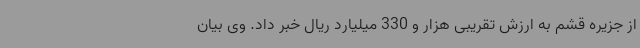
از جزیره قشم به ارزش تقریبی هزار و 330 میلیارد ریال خبر داد. وی بیان